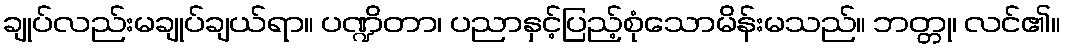
ချုပ်လည်းမချုပ်ချယ်ရာ။ ပဏ္ဍိတာ၊ ပညာနှင့်ပြည့်စုံသောမိန်းမသည်။ ဘတ္တု၊ လင်၏။